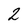
Character: 2